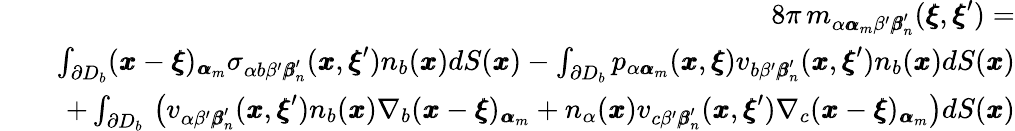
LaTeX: \begin{array}{rlr}&{}&{8\pi\, m_{\alpha{\pmb\alpha}_{m}\beta^{\prime}{\pmb\beta}_{n}^{\prime}}({\pmb\xi},{\pmb\xi}^{\prime})=}\\ &{}&{\int_{\partial D_{b}}({\pmb x}-{\pmb\xi})_{{\pmb\alpha}_{m}}\sigma_{\alpha b\beta^{\prime}{\pmb\beta}_{n}^{\prime}}({\pmb x},{\pmb\xi}^{\prime})n_{b}({\pmb x})dS({\pmb x})-\int_{\partial D_{b}}p_{\alpha{\pmb\alpha}_{m}}({\pmb x},{\pmb\xi})v_{b\beta^{\prime}{\pmb\beta}_{n}^{\prime}}({\pmb x},{\pmb\xi}^{\prime})n_{b}({\pmb x})dS({\pmb x})}\\ &{}&{+\int_{\partial D_{b}}\, \left(v_{\alpha\beta^{\prime}{\pmb\beta}_{n}^{\prime}}({\pmb x},{\pmb\xi}^{\prime})n_{b}({\pmb x})\nabla_{b}({\pmb x}-{\pmb\xi})_{{\pmb\alpha}_{m}}+n_{\alpha}({\pmb x})v_{c\beta^{\prime}{\pmb\beta}_{n}^{\prime}}({\pmb x},{\pmb\xi}^{\prime})\nabla_{c}({\pmb x}-{\pmb\xi})_{{\pmb\alpha}_{m}}\right)dS({\pmb x})}\end{array}